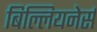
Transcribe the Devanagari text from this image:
बिल्लियनेर्स